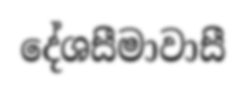
දේශසීමාවාසී